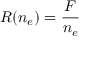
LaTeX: R ( n _ { e } ) = { \frac { F } { n _ { e } } }